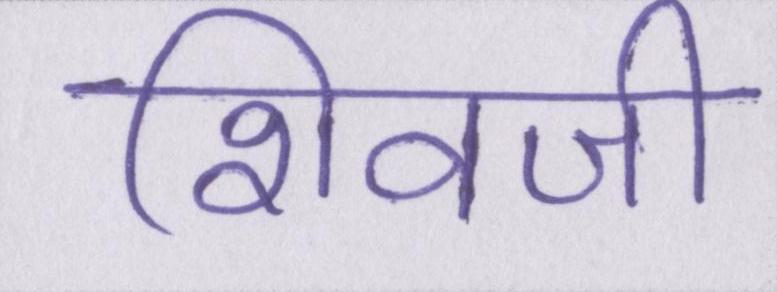
शिवजी